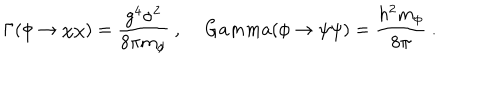
LaTeX: \Gamma ( \phi \to \chi \chi ) = { \frac { g ^ { 4 } \sigma ^ { 2 } } { 8 \pi m _ { \phi } } } \ , \, G a m m a ( \phi \to \psi \psi ) = { \frac { h ^ { 2 } m _ { \phi } } { 8 \pi } } \ .